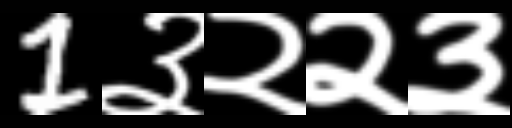
Text: 1३२२३